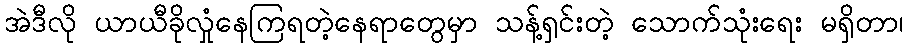
အဲဒီလို ယာယီခိုလှုံနေကြရတဲ့နေရာတွေမှာ သန့်ရှင်းတဲ့ သောက်သုံးရေး မရှိတာ၊